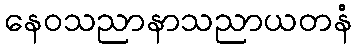
နေဝသညာနာသညာယတနံ